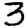
Digit: 3